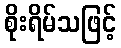
စိုးရိမ်သဖြင့်